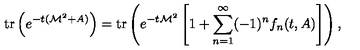
\mathrm { t r } \left( e ^ { - t ( { \cal M } ^ { 2 } + A ) } \right) = \mathrm { t r } \left( e ^ { - t { \cal M } ^ { 2 } } \left[ 1 + \sum _ { n = 1 } ^ { \infty } ( - 1 ) ^ { n } f _ { n } ( t , A ) \right] \right) ,